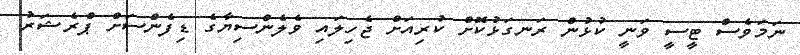
ނަމަވެސް ޓީސީ ވަނީ ކުޅުން ރަނގަޅުކޮށް ކުރިއަށް ޖެހިލައި ވެލެންސިޔާގެ ޑިފެންސަށް ޕްރެޝަރު